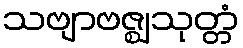
သဗျာဗဇ္ဈသုတ္တံ